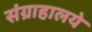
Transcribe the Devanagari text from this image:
संग्राहालये